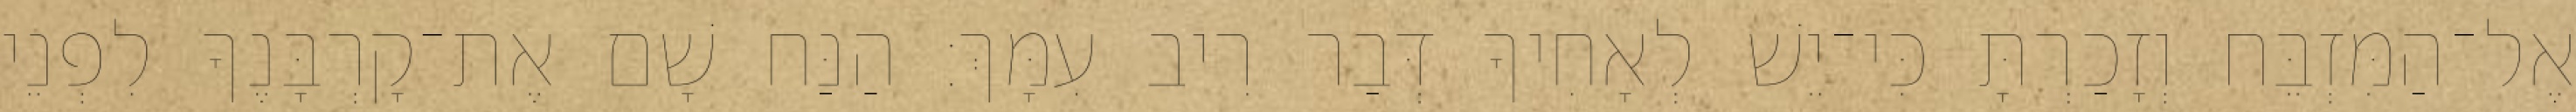
אֶל־הַמִּזְבֵּח וְזָכַרְתָּ כִּי־יֵשׁ לְאָחִיךָ דְּבַר רִיב עִמָּךְ׃ הַנַּח שָׁם אֶת־קָרְבָּנֶךָ לִפְנֵי